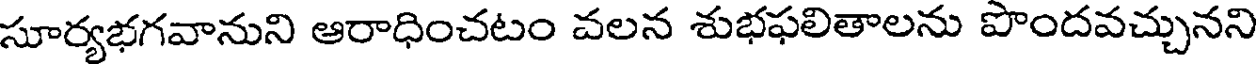
సూర్యభగవానుని ఆరాధించటం వలన శుభఫలితాలను పొందవచ్చునని